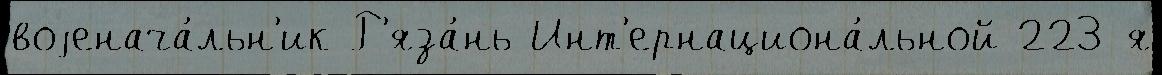
воjенача́льн'ик Р'яза́нь Инт'ернациона́льной 223-я